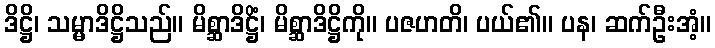
ဒိဋ္ဌိ၊ သမ္မာဒိဋ္ဌိသည်။ မိစ္ဆာဒိဋ္ဌိံ၊ မိစ္ဆာဒိဋ္ဌိကို။ ပဇဟတိ၊ ပယ်၏။ ပန၊ ဆက်ဦးအံ့။